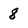
Character: 8